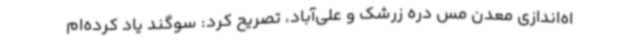
اه‌اندازی معدن مس دره زرشک و علی‌آباد، تصریح کرد: سوگند یاد کرده‌ام